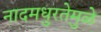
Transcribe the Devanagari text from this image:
नादमधुरतेमुळे